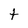
Character: t